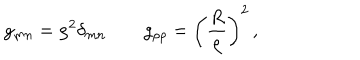
LaTeX: g _ { m n } = \rho ^ { 2 } \delta _ { m n } \qquad g _ { \rho \rho } = \left( { \frac { R } { \rho } } \right) ^ { 2 } \, ,